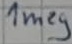
Text: 1meg